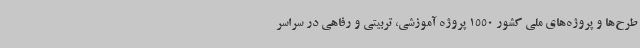
طرح‌ها و پروژه‌های ملی کشور 1550 پروژه آموزشی، تربیتی و رفاهی در سراسر